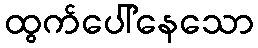
ထွက်ပေါ်နေသော